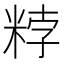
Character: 𥹸